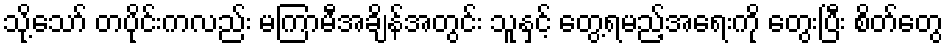
သို့သော် တပိုင်းကလည်း မကြာမီအချိန်အတွင်း သူနှင့် တွေ့ရမည့်အရေးကို တွေးပြီး စိတ်တွေ